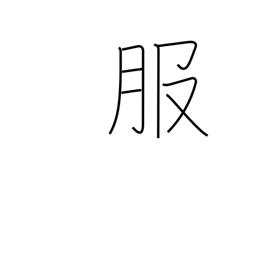
Meaning: clothing